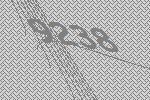
9238